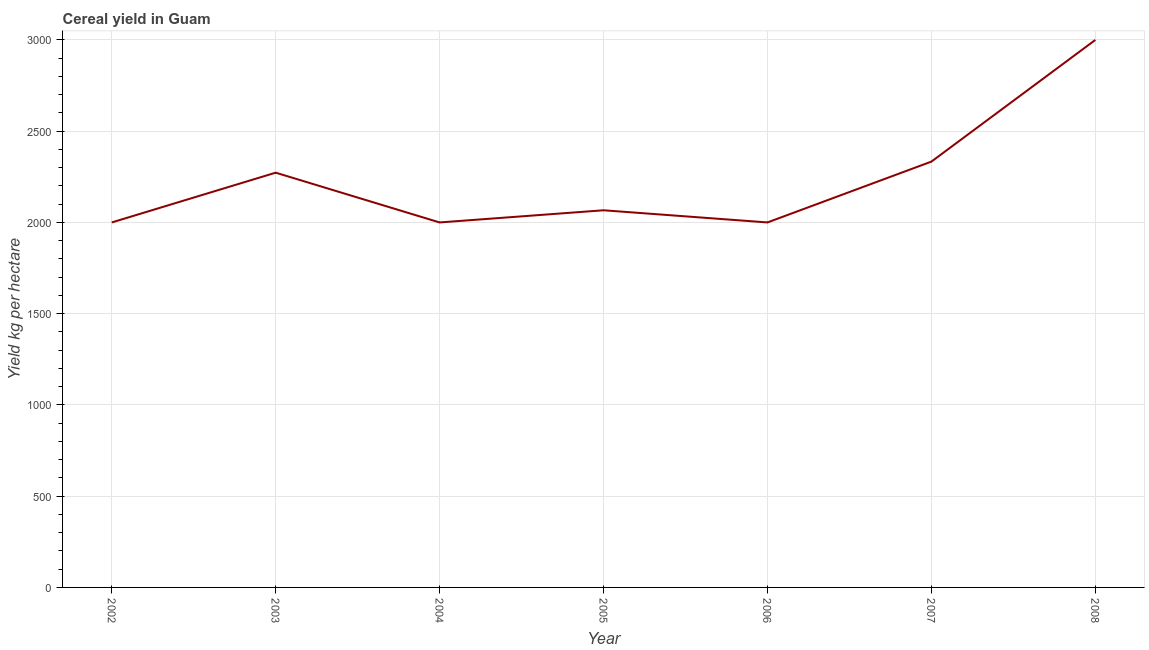
| Year | Cereal yield |
 | --- | --- |
 | 2002 | 2e+03 |
 | 2003 | 2.27e+03 |
 | 2004 | 2e+03 |
 | 2005 | 2.07e+03 |
 | 2006 | 2e+03 |
 | 2007 | 2.33e+03 |
 | 2008 | 3e+03 |